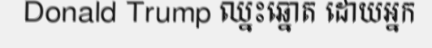
Donald Trump ឈ្នះឆ្នោត ដោយអ្នក